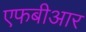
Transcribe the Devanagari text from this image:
एफबीआर